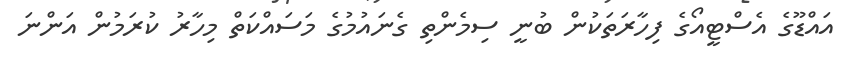
އައްޑޫގެ އެސްޓީއޯގެ ފިހާރަތަކުން ބުނީ ސިމެންތި ގެނައުމުގެ މަސައްކަތް މިހާރު ކުރަމުން އަންނަ